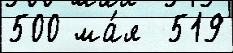
500 ма́я  519